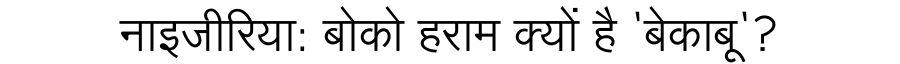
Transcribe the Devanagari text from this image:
नाइजीरिया: बोको हराम क्यों है 'बेकाबू'?